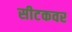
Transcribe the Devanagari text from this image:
सीटकवर